Scottish Leaving Certificate Examination, 1954
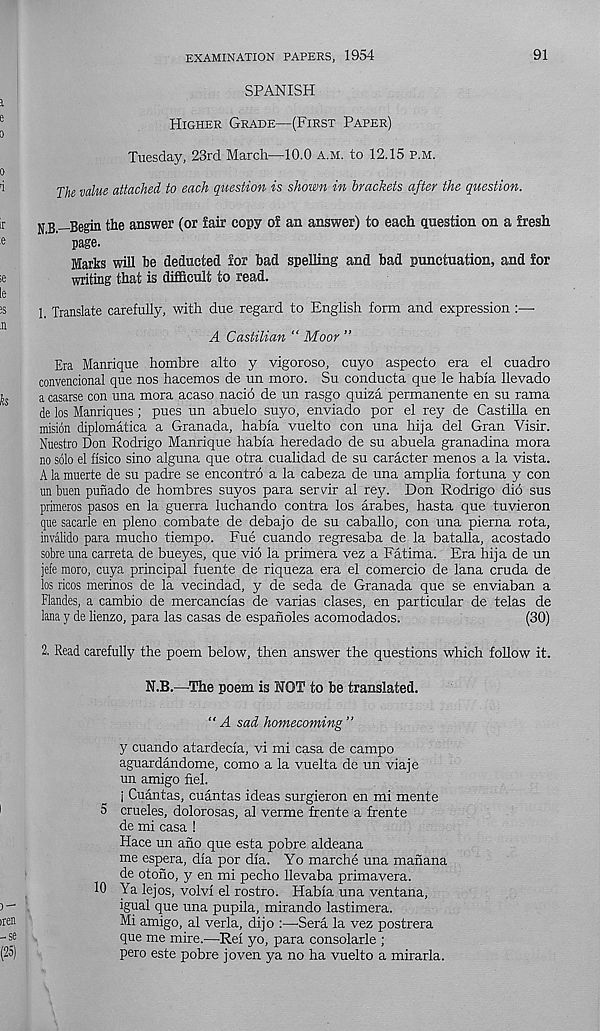
EXAMINATION PAPERS, 1954
91
SPANISH
Higher Grade—(First Paper)
Tuesday, 23rd March—10.0 a.m. to 12.15 p.m.
The value attached to each question is shown in brackets after the question.
N B —Begin the answer (or fair copy of an answer) to each question on a fresh
page.
Marks will be deducted for bad spelling and bad punctuation, and for
writing that is difficult to read.
1, Translate carefully, with due regard to English form and expression :—
A Castilian “ Moor ”
Era Manrique hombre alto y vigoroso, cuyo aspect© era el cuadro
convencional que nos hacemos de un moro. Su conducta que le habia llevado
acasarse con una mora acaso nacio de un rasgo quiza permanente en su rama
de los Manriques ; pues un abuelo suyo, enviado por el rey de Castilla en
mision diplomatica a Granada, habia vuelto con una hija del Gran Visir.
Nuestro Don Rodrigo Manrique habia heredado de su abuela granadina mora
no solo el fisico sino alguna que otra cualidad de su caracter menos a la vista.
A la muerte de su padre se encontro a la cabeza de una amplia fortuna y con
un buen punado de hombres suyos para servir al rey. Don Rodrigo did sus
primeros pasos en la guerra luchando contra los arabes, hasta que tuvieron
que sacarle en pleno combate de debajo de su caballo, con una pierna rota,
invalido para mucho tiempo. Fue cuando regresaba de la batalla, acostado
sobre una carreta de bueyes, que vio la primera vez a Fatima. Era hija de un
jefe moro, cuya principal fuente de riqueza era el comercio de lana cruda de
los ricos merinos de la vecindad, y de seda de Granada que se enviaban a
Flandes, a cambio de mercancias de varias clases, en particular de telas de
lana y de lienzo, para las casas de espanoles acomodados.
(30)
2. Read carefully the poem below, then answer the questions which follow it.
N.B.—The poem is NOT to be translated.
"A sad homecoming”
y cuando atardecia, vi mi casa de campo
aguardandome, como a la vuelta de un viaje
un amigo fiel.
] Cuantas, cuantas ideas surgieron en mi mente
5 crueles, dolorosas, al verme frente a frente
de mi casa !
Hace un ano que esta pobre aldeana
me espera, dia por dia. Yo marche una manana
de otono, y en mi pecho llevaba primavera.
10 Ya lejos, volvi el rostro. Habia una ventana,
igual que una pupila, mirando lastimera.
Mi amigo, al verla, dijo :—Sera la vez postrera
que me mire.—Rei yo, para consolarle ;
pero este pobre joven ya no ha vuelto a mirarla.